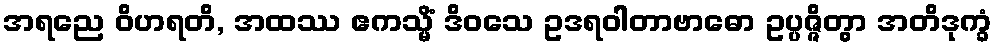
အရညေ ဝိဟရတိ, အထဿ ဧကသ္မိံ ဒိဝသေ ဥဒရဝါတာဗာဓော ဥပ္ပဇ္ဇိတွာ အတိဒုက္ခံ